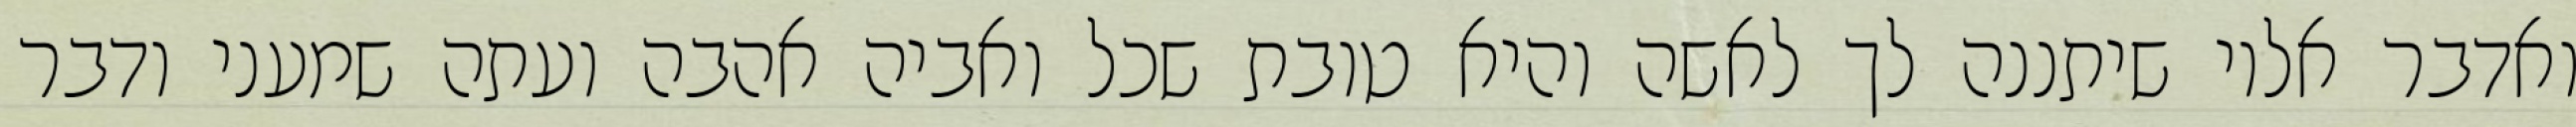
ואדבר אליו שיתננה לך לאשה והיא טובת שכל ואביה אהבה ועתה שמעני ודבר